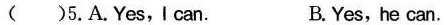
( )5.A.Yes,Ican. B.Yes, he can.